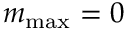
m _ { \operatorname* { m a x } } = 0